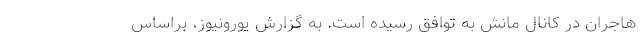
هاجران در کانال مانش به توافق رسیده است. به گزارش یورونیوز، براساس